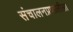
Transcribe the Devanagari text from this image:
संचालनप्रणालीला